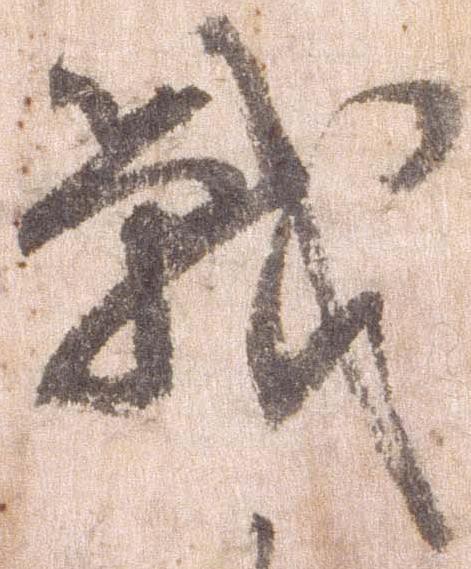
戦